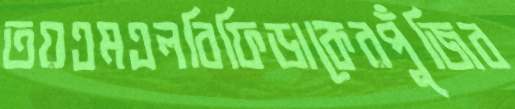
তয়এমএলবিফিডাকেরপুঁজিব